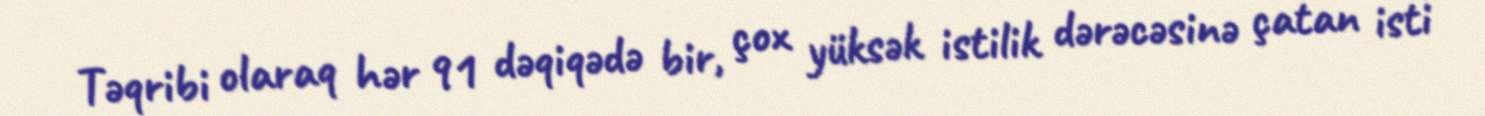
Təqribi olaraq hər 91 dəqiqədə bir, çox yüksək istilik dərəcəsinə çatan isti